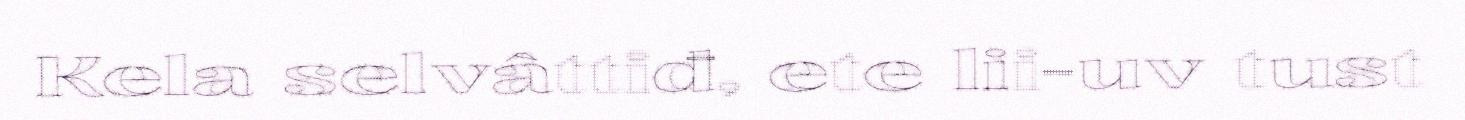
Kela selvâttiđ, ete lii-uv tust